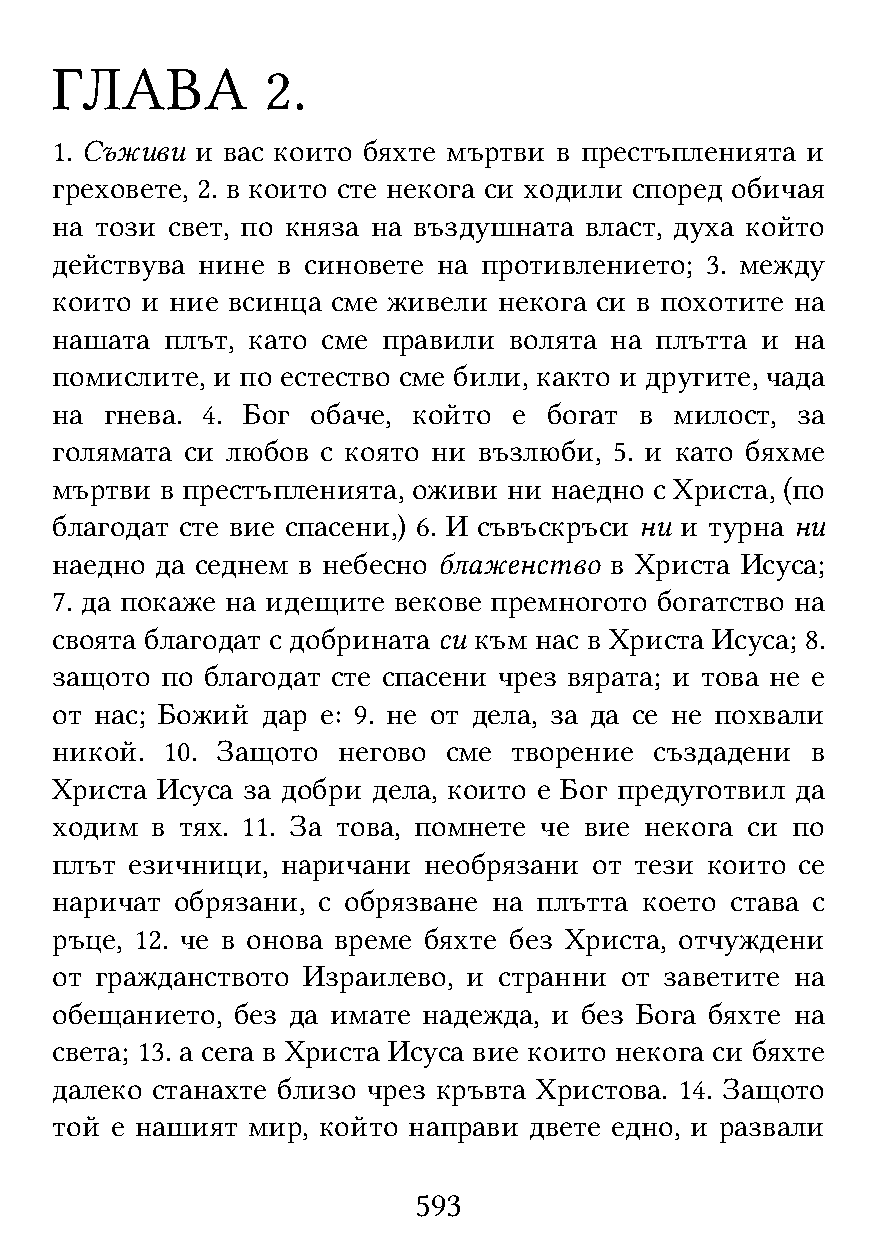
ГЛАВА          2.
 1. Съживи и вас които бяхте мъртви в престъпленията и
 греховете, 2. в които сте некога си ходили според обичая
 на този свет, по княза на въздушната власт, духа който
 действува нине в синовете на противлението; 3. между
 които и ние всинца сме живели некога си в похотите на
 нашата  плът, като сме правили волята на плътта и на
 помислите, и по естество сме били, както и другите, чада
 на  гнева. 4. Бог обаче, който е богат в  милост, за
 голямата си любов с която ни възлюби, 5. и като бяхме
 мъртви  в престъпленията, оживи ни наедно с Христа, (по
 благодат сте вие спасени,) 6. И съвъскръси ни и турна ни
 наедно да седнем в небесно блаженство в Христа Исуса;
 7. да покаже на идещите векове премногото богатство на
 своята благодат с добрината си към нас в Христа Исуса; 8.
 защото  по благодат сте спасени чрез вярата; и това не е
 от нас; Божий дар е: 9. не от дела, за да се не похвали
 никой.  10. Защото негово сме  творение създадени  в
 Христа Исуса за добри дела, които е Бог предуготвил да
 ходим  в тях. 11. За това, помнете че вие некога си по
 плът езичници,  наричани необрязани от тези които се
 наричат  обрязани, с обрязване на плътта което става с
 ръце, 12. че в онова време бяхте без Христа, отчуждени
 от гражданството Израилево, и странни от заветите на
 обещанието, без да имате надежда, и без Бога бяхте на
 света; 13. а сега в Христа Исуса вие които некога си бяхте
 далеко станахте близо чрез кръвта Христова. 14. Защото
 той е нашият мир, който направи двете едно, и развали
 593